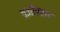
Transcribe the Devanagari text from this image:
वजीरला